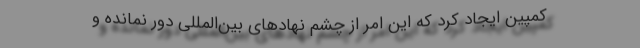
کمپین ایجاد کرد که این امر از چشم نهادهای بین‌المللی دور نمانده و